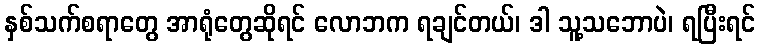
နှစ်သက်စရာတွေ အာရုံတွေဆိုရင် လောဘက ရချင်တယ်၊ ဒါ သူ့သဘောပဲ၊ ရပြီးရင်